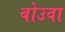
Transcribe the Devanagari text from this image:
बोउवा